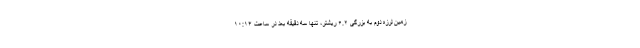
زمین لرزه دوم به بزرگی ۶.۲ ریشتر، تنها سه دقیقه بعد در ساعت ۱۰:۱۴